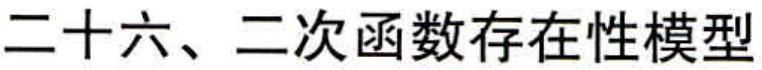
二十六、二次函数存在性模型